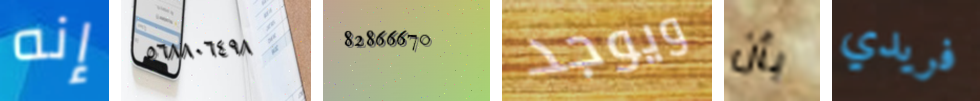
إنه ٥٦٨٨٠٦٤٩٨ 82866670 ويوجد بأن فريدي